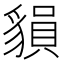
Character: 𧳷